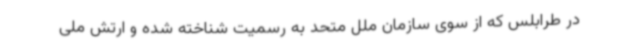
در طرابلس که از سوی سازمان ملل متحد به رسمیت شناخته شده و ارتش ملی